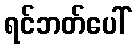
ရင်ဘတ်ပေါ်